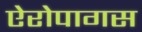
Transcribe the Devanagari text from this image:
ऐरोपागस